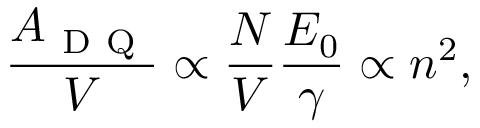
\frac { A _ { \mathrm { ~ D ~ Q ~ } } } { V } \propto \frac { N } { V } \frac { E _ { 0 } } { \gamma } \propto n ^ { 2 } ,